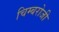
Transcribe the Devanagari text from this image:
चिम्बरोजी